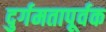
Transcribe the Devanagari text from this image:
दुर्गमतापूर्वक